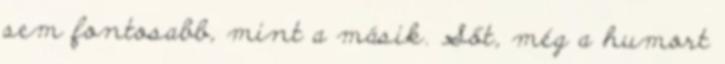
sem fontosabb, mint a másik. Sőt, még a humort